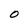
Character: O